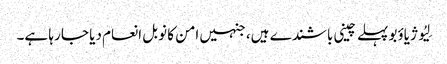
لِیُو ژیاؤبو پہلے چینی باشندے ہیں، جنہیں امن کا نوبل انعام دیا جا رہا ہے۔